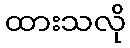
ထားသလို